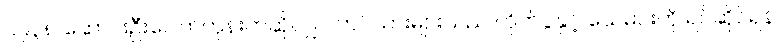
၁၉၃၈ ဆောင်းဦးပေါက်တုန်းကဆိုလျှင် တပ်သားများသည် တိုက်ပွဲနှင့် သေမင်းကို ရင်ဆိုင်ရန်